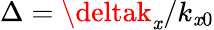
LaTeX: \Delta=\deltak_{\mathit{x}}/k_{\mathit{x}0}